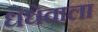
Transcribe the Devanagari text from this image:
धंधेवाला